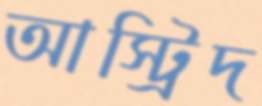
আস্ট্রিদ